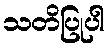
သတိပြုပါ